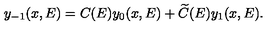
y _ { - 1 } ( x , E ) = C ( E ) y _ { 0 } ( x , E ) + \widetilde C ( E ) y _ { 1 } ( x , E ) .